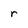
Character: r